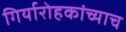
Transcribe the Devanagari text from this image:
गिर्यारोहकांच्याच